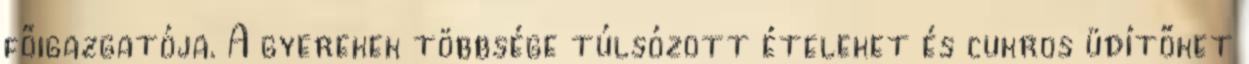
főigazgatója. A gyerekek többsége túlsózott ételeket és cukros üdítőket